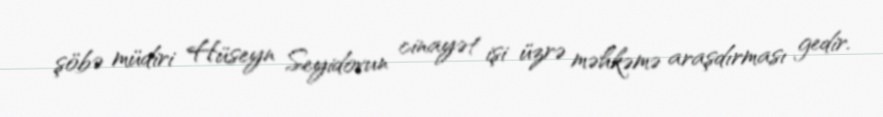
şöbə müdiri Hüseyn Seyidovun cinayət işi üzrə məhkəmə araşdırması gedir.